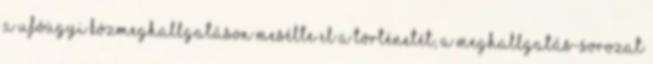
a ufóügyi közmeghallgatáson mesélte el a történetét, a meghallgatás-sorozat